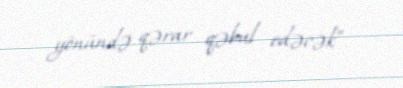
yönündə qərar qəbul edəcək”.